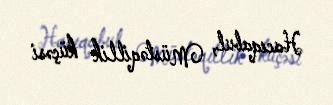
Hacıqabul, Müstəqillik küçəsi